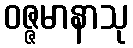
ဝဇ္ဇမာနာသု